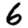
Digit: 6